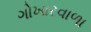
ગોખારવાળા